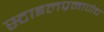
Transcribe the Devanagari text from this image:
स्टाइलप्रमाणेच